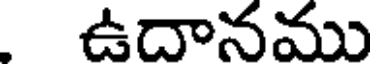
ఉదానము